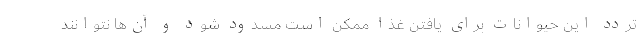
تردد این حیوانات برای یافتن غذا ممکن است مسدود شود و آن‌ها نتوانند